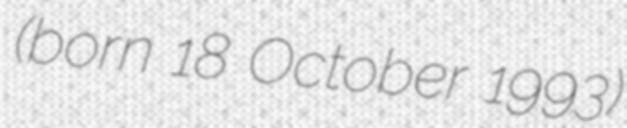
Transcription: (born 18 October 1993)